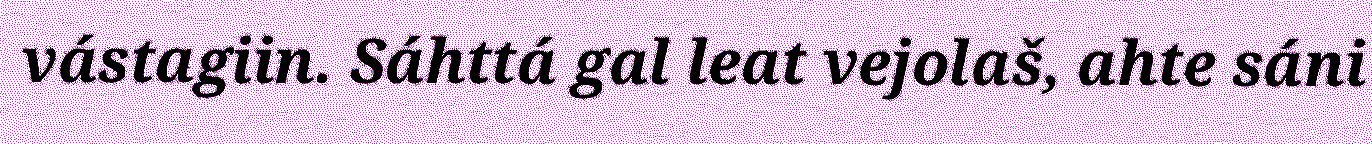
vástagiin. Sáhttá gal leat vejolaš, ahte sáni